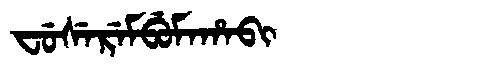
Manchu: ᠸᡠᠰᡝᡵᡝᠮᠪᡠᠮᠠᡥᠠᠪᡳ
Romanization: FUSEREMBUMAHABI